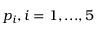
p _ { i } , i = 1 , . . . , 5